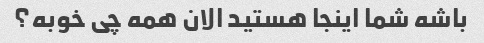
باشه شما اینجا هستید الان همه چی خوبه؟